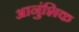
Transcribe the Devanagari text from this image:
आनुंशिक